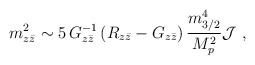
\begin{align*}m_{z{\bar z}}^2\sim 5\, G^{-1}_{z{\bar z}}\left( R_{z{\bar z}}-G_{z{\bar z}}\right){m_{3/2}^4\over M_p^2}{\cal J}\ ,\end{align*}